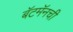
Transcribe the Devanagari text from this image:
बॅटमॅनची